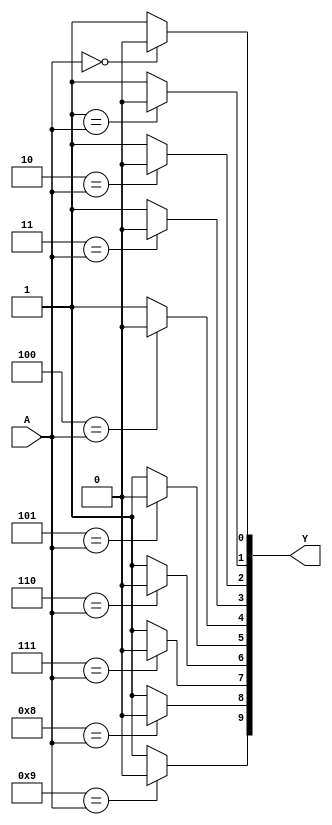
// This program was cloned from: https://github.com/TimRudy/ice-chips-verilog
// License: GNU General Public License v3.0

// BCD to decimal one-of-ten decoder

module ttl_7442 #(parameter WIDTH_OUT = 10, WIDTH_IN = $clog2(WIDTH_OUT),
                  DELAY_RISE = 0, DELAY_FALL = 0)
(
  input [WIDTH_IN-1:0] A,
  output [WIDTH_OUT-1:0] Y
);

//------------------------------------------------//
reg [WIDTH_OUT-1:0] computed;
integer i;

always @(*)
begin
  for (i = 0; i < WIDTH_OUT; i++)
  begin
    if (i == A)
      computed[i] = 1'b0;
    else
      computed[i] = 1'b1;
  end
end
//------------------------------------------------//

assign #(DELAY_RISE, DELAY_FALL) Y = computed;

endmodule